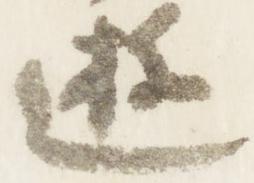
遊